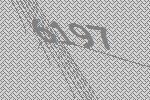
6197